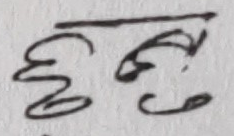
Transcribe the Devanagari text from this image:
छुबु